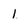
Character: I